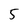
Character: 5